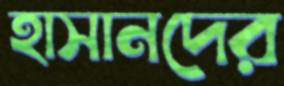
হাসানদের